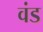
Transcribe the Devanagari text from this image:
वंड